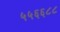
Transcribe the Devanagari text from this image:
५५६६८८